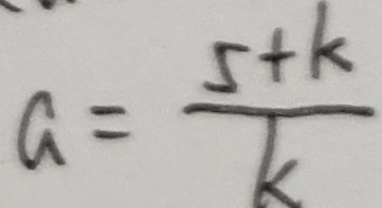
a = \frac { 5 + k } { k }